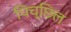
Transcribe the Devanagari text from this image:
पिच्छिल